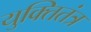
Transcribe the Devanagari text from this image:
युक्तितंत्र